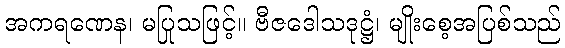
အကရဏေန၊ မပြုသဖြင့်။ ဗီဇဒေါသဒုဋ္ဌံ၊ မျိုးစေ့အပြစ်သည်